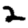
Digit: 2